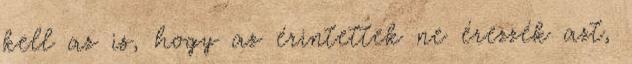
kell az is, hogy az érintettek ne érezzék azt,